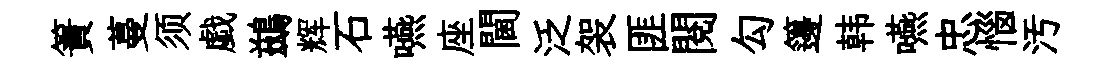
簀蔓须戯鷀辉石嚥座閫泛袈匪閱勾籩韩嚥忠惱汚